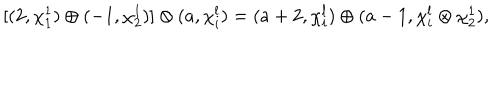
[ ( 2 , \chi _ { 1 } ^ { 1 } ) \oplus ( - 1 , \chi _ { 2 } ^ { 1 } ) ] \otimes ( a , \chi _ { i } ^ { l } ) = ( a + 2 , \chi _ { i } ^ { l } ) \oplus ( a - 1 , \chi _ { i } ^ { l } \otimes \chi _ { 2 } ^ { 1 } ) ,